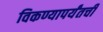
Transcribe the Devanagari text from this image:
विकण्यापर्यंतची